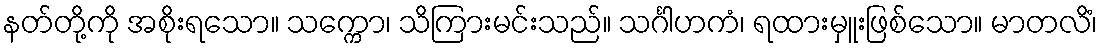
နတ်တို့ကို အစိုးရသော။ သက္ကော၊ သိကြားမင်းသည်။ သင်္ဂါဟကံ၊ ရထားမှူးဖြစ်သော။ မာတလိံ၊